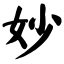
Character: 妙